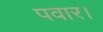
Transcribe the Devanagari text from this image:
पवार।